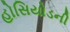
હોસિયોડની